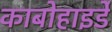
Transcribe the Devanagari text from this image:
काबोहाइर्डे